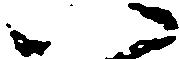
い